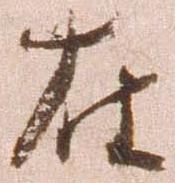
在